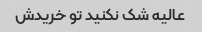
عالیه شک نکنید تو خریدش